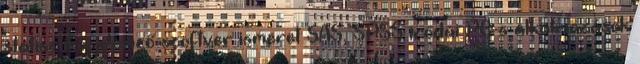
statisztikai elemző szoftver ismeret SAS, SPSS irodai PC-s alkalmazások